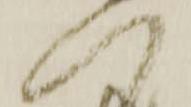
へ